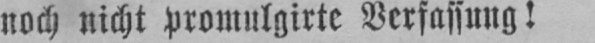
noch nicht promulgirte Verfassung!